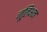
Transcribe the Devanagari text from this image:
जूलिअन